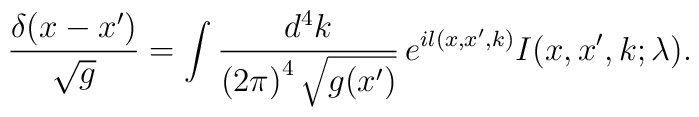
\frac{\delta(x - x^{\prime})}{\sqrt{g}}=\int \frac{d^4k}{\left(2\pi\right)^4\sqrt{g(x^{\prime})}}\, e^{il(x, x^{\prime},k)} I(x, x^{\prime},k;\lambda).